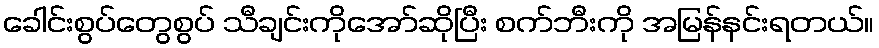
ခေါင်းစွပ်တွေစွပ် သီချင်းကိုအော်ဆိုပြီး စက်ဘီးကို အမြန်နင်းရတယ်။